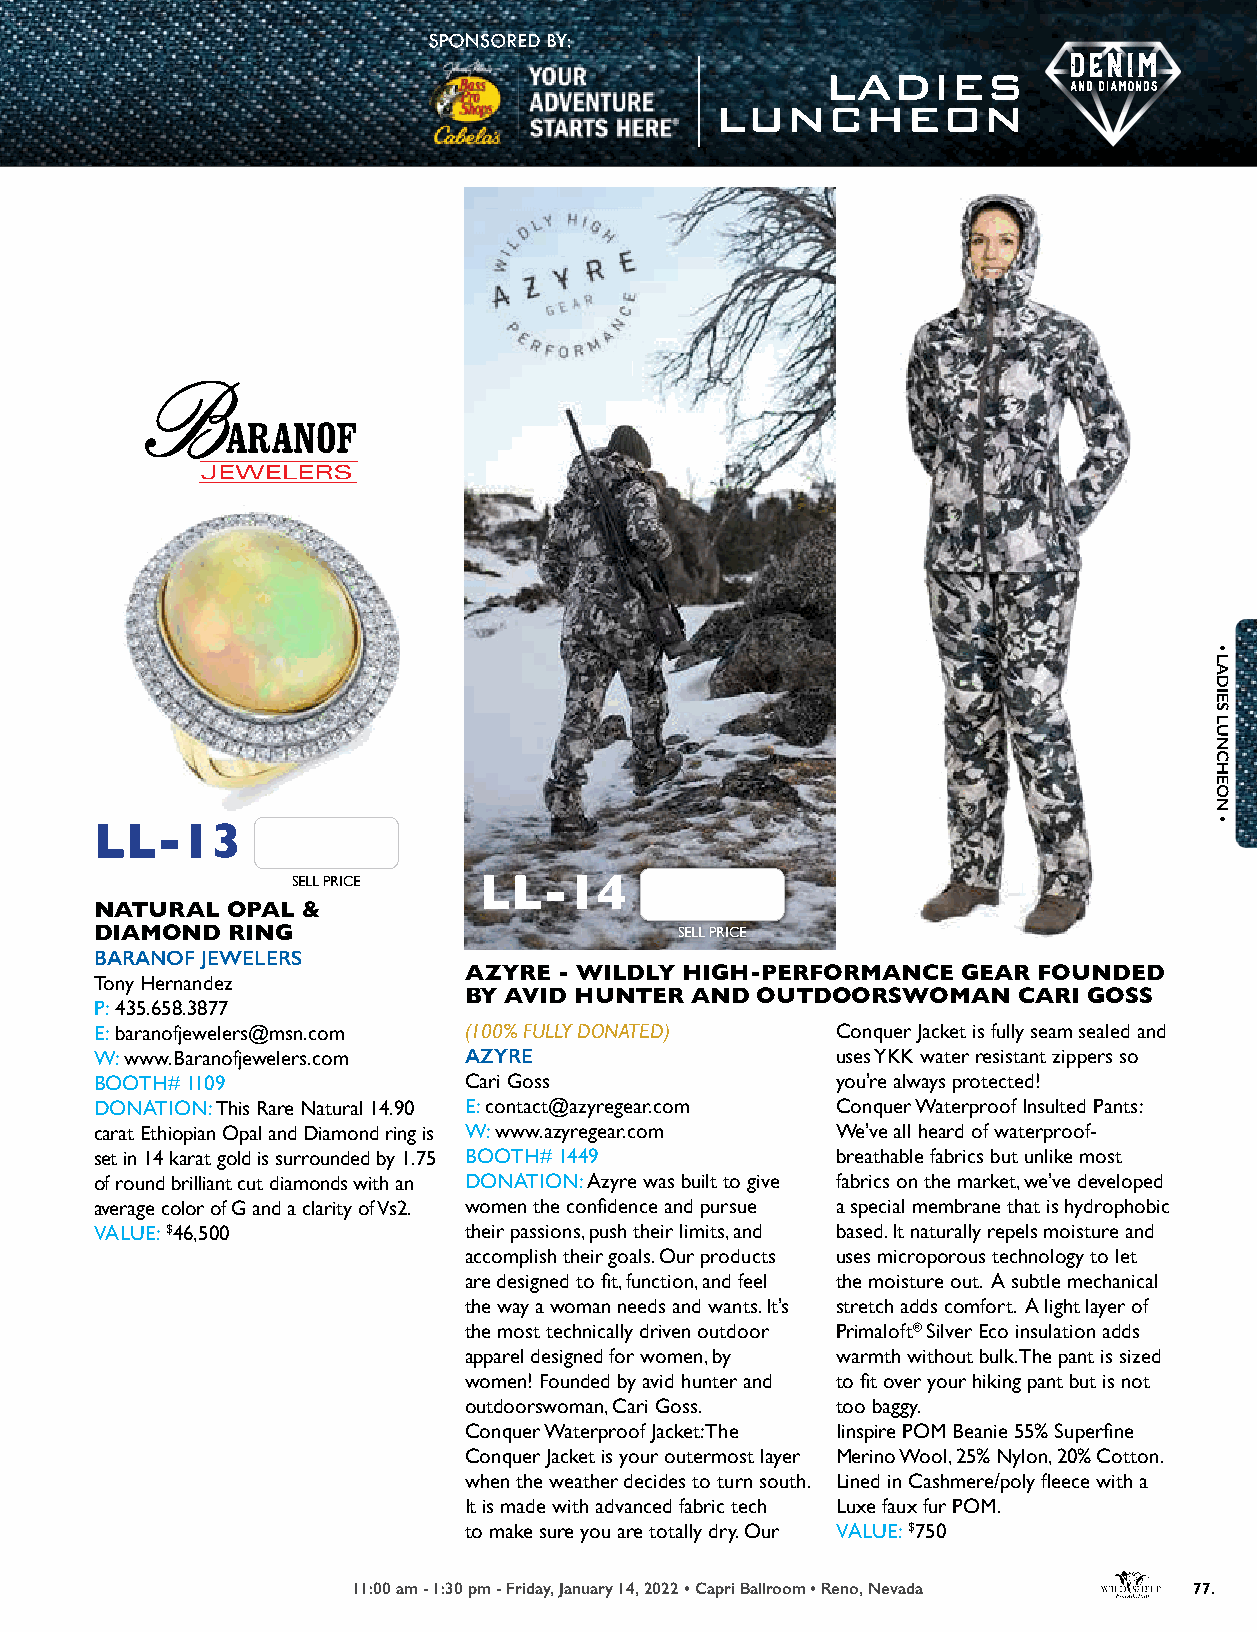
LL-13
 SELL PRICE   LL-14
 NATURAL  OPAL &
 DIAMOND  RING                          SELL PRICE
 BARANOF JEWELERS
 AZYRE - WILDLY HIGH-PERFORMANCE  GEAR FOUNDED
 Tony Hernandez
 BY AVID HUNTER AND OUTDOORSWOMAN    CARI GOSS
 P: 435.658.3877
 E: baranofjewelers@msn.com (100% FULLY DONATED)  Conquer Jacket is fully seam sealed and
 W: www.Baranofjewelers.com AZYRE                 uses YKK water resistant zippers so
 BOOTH# 1109              Cari Goss               you’re always protected!
 DONATION: This Rare Natural 14.90 E: contact@azyregear.com Conquer Waterproof Insulted Pants:
 carat Ethiopian Opal and Diamond ring is W: www.azyregear.com We’ve all heard of waterproof-
 set in 14 karat gold is surrounded by 1.75 BOOTH# 1449 breathable fabrics but unlike most
 of round brilliant cut diamonds with an DONATION: Azyre was built to give fabrics on the market, we’ve developed
 average color of G and a clarity of Vs2. women the confidence and pursue a special membrane that is hydrophobic
 VALUE: $46,500           their passions, push their limits, and based. It naturally repels moisture and
 accomplish their goals. Our products uses microporous technology to let
 are designed to fit, function, and feel the moisture out. A subtle mechanical
 the way a woman needs and wants. It’s stretch adds comfort. A light layer of
 the most technically driven outdoor Primaloft® Silver Eco insulation adds
 apparel designed for women, by warmth without bulk. The pant is sized
 women! Founded by avid hunter and to fit over your hiking pant but is not
 outdoorswoman, Cari Goss. too baggy.
 Conquer Waterproof Jacket: The Iinspire POM Beanie 55% Superfine
 Conquer Jacket is your outermost layer Merino Wool, 25% Nylon, 20% Cotton.
 when the weather decides to turn south. Lined in Cashmere/poly fleece with a
 It is made with advanced fabric tech Luxe faux fur POM.
 to make sure you are totally dry. Our VALUE: $750
 11:00 am - 1:30 pm - Friday, January 14, 2022 • Capri Ballroom • Reno, Nevada 77.
 •
 LADIES
 LUNCHEON
 •